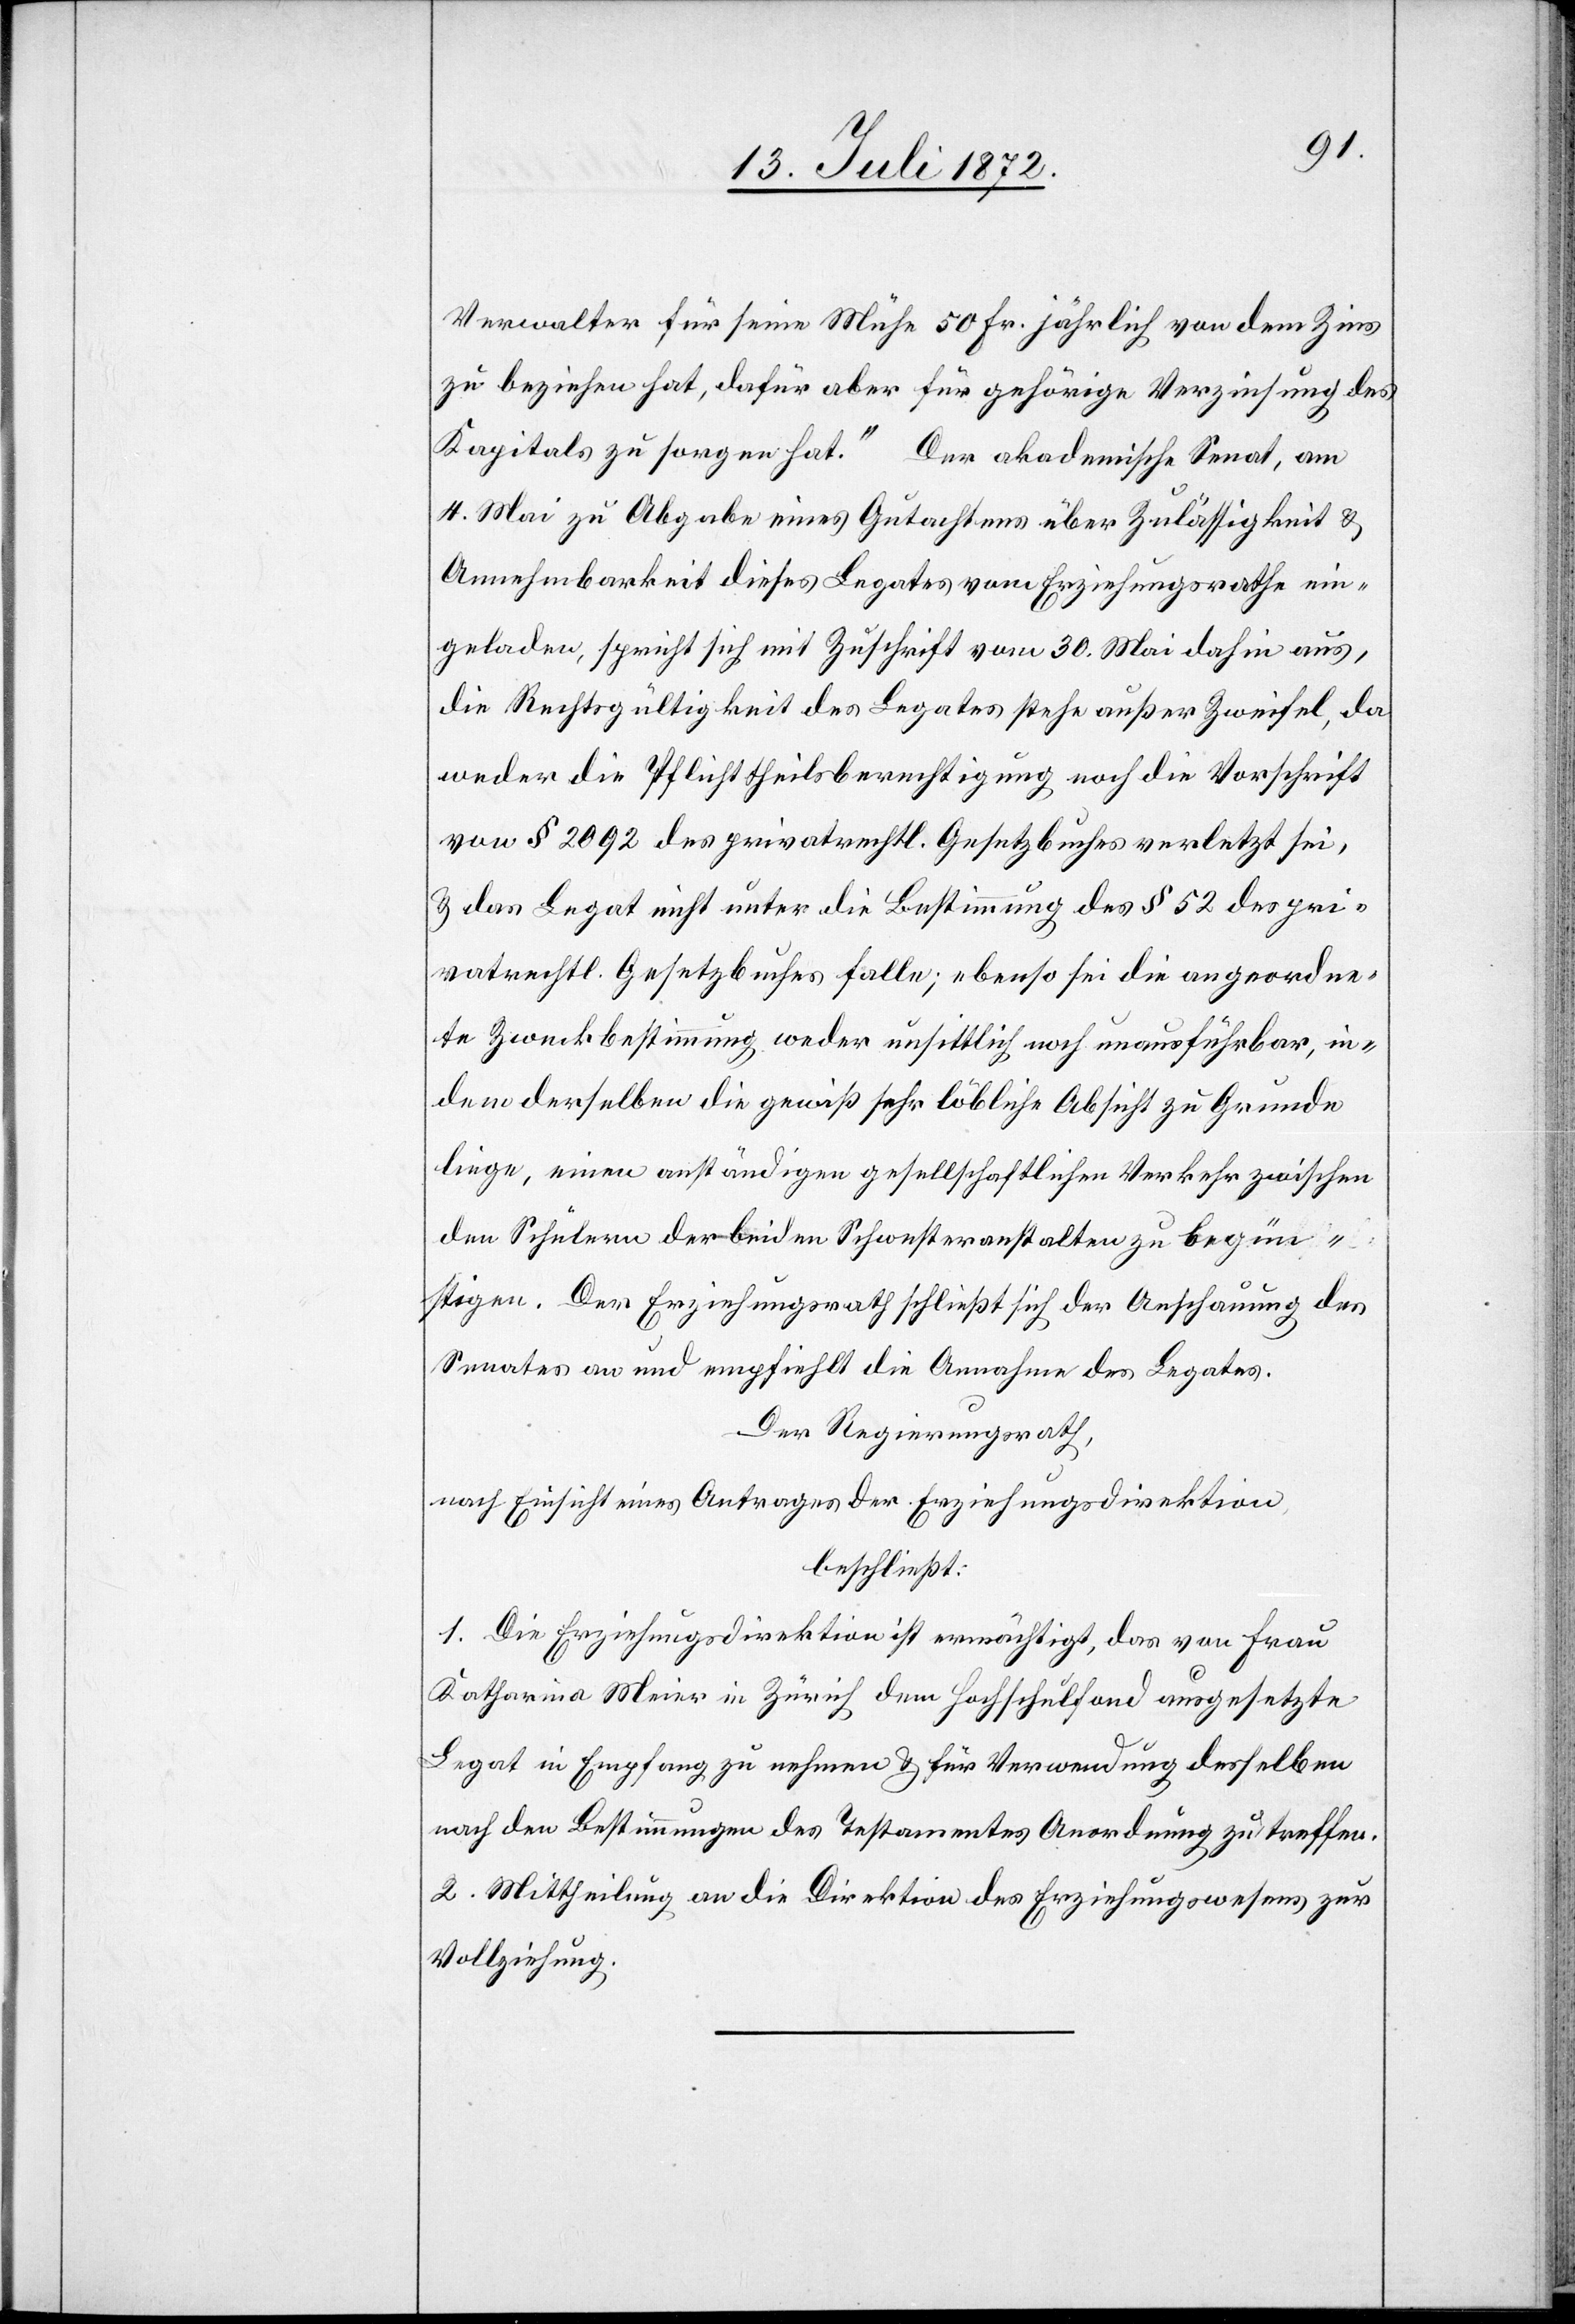
Verwalter für seine Mühe 50 Fr. jährlich von dem Zins
zu beziehen hat, dafür aber für gehörige Verzinsung des
Kapitals zu sorgen hat.“ Der akademische Senat, am
4. Mai zu Abgabe eines Gutachtes über Zulässigkeit u.
Annehmbarkeit dieses Legates vom Erziehungsrathe ein¬
geladen, spricht sich mit Zuschrift vom 30. Mai dahin aus,
die Rechtsgültigkeit des Legates stehe außer Zweifel, da
weder die Pflichttheilsberechtigung noch die Vorschrift
von § 2092 des privatrechtl. Gesetzbuches verletzt sei,
u. das Legat nicht unter die Bestimmung des § 52 des pri¬
vatrechtl. Gesetzbuches falle; ebenso sei die angeordne¬
te Zweckbestimmung weder unsittlich noch unausführbar, in¬
dem derselben die gewiß sehr löbliche Absicht zu Grunde
liege, einen anständigen gesellschaftlichen Verkehr zwischen
den Schülern der beiden Schwesteranstalten zu begün¬
stigen. Der Erziehungsrath schließt sich der Anschauung des
Senates an und empfiehlt die Annahme des Legates.
Der Regierungsrath,
nach Einsicht eines Antrages der Erziehungsdirektion
beschließt:
1. Die Erziehungsdirektion ist ermächtigt, das von Frau
Katharine Meier in Zürich dem Hochschulfond ausgesetzte
Legat in Empfang zu nehmen u. für Verwendung desselben
nach den Bestimmungen des Testamentes Anordung zu treffen.
2. Mittheilung an die Direktion des Erziehungswesens zur
Vollziehung.